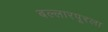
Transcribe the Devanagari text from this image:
बल्लारपूरला